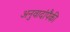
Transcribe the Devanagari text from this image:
अनुवादांपैकी